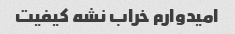
امیدوارم خراب نشه کیفیت